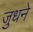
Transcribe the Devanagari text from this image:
जुधने